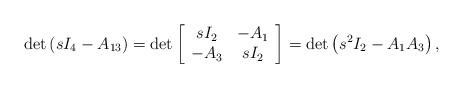
LaTeX: \begin{align*}\det \left( sI_{4}-A_{13}\right) =\det \left[\begin{array}[c]{cc}sI_{2} & -A_{1}\\-A_{3} & sI_{2}\end{array}\right] =\det \left( s^{2}I_{2}-A_{1}A_{3}\right) ,\end{align*}